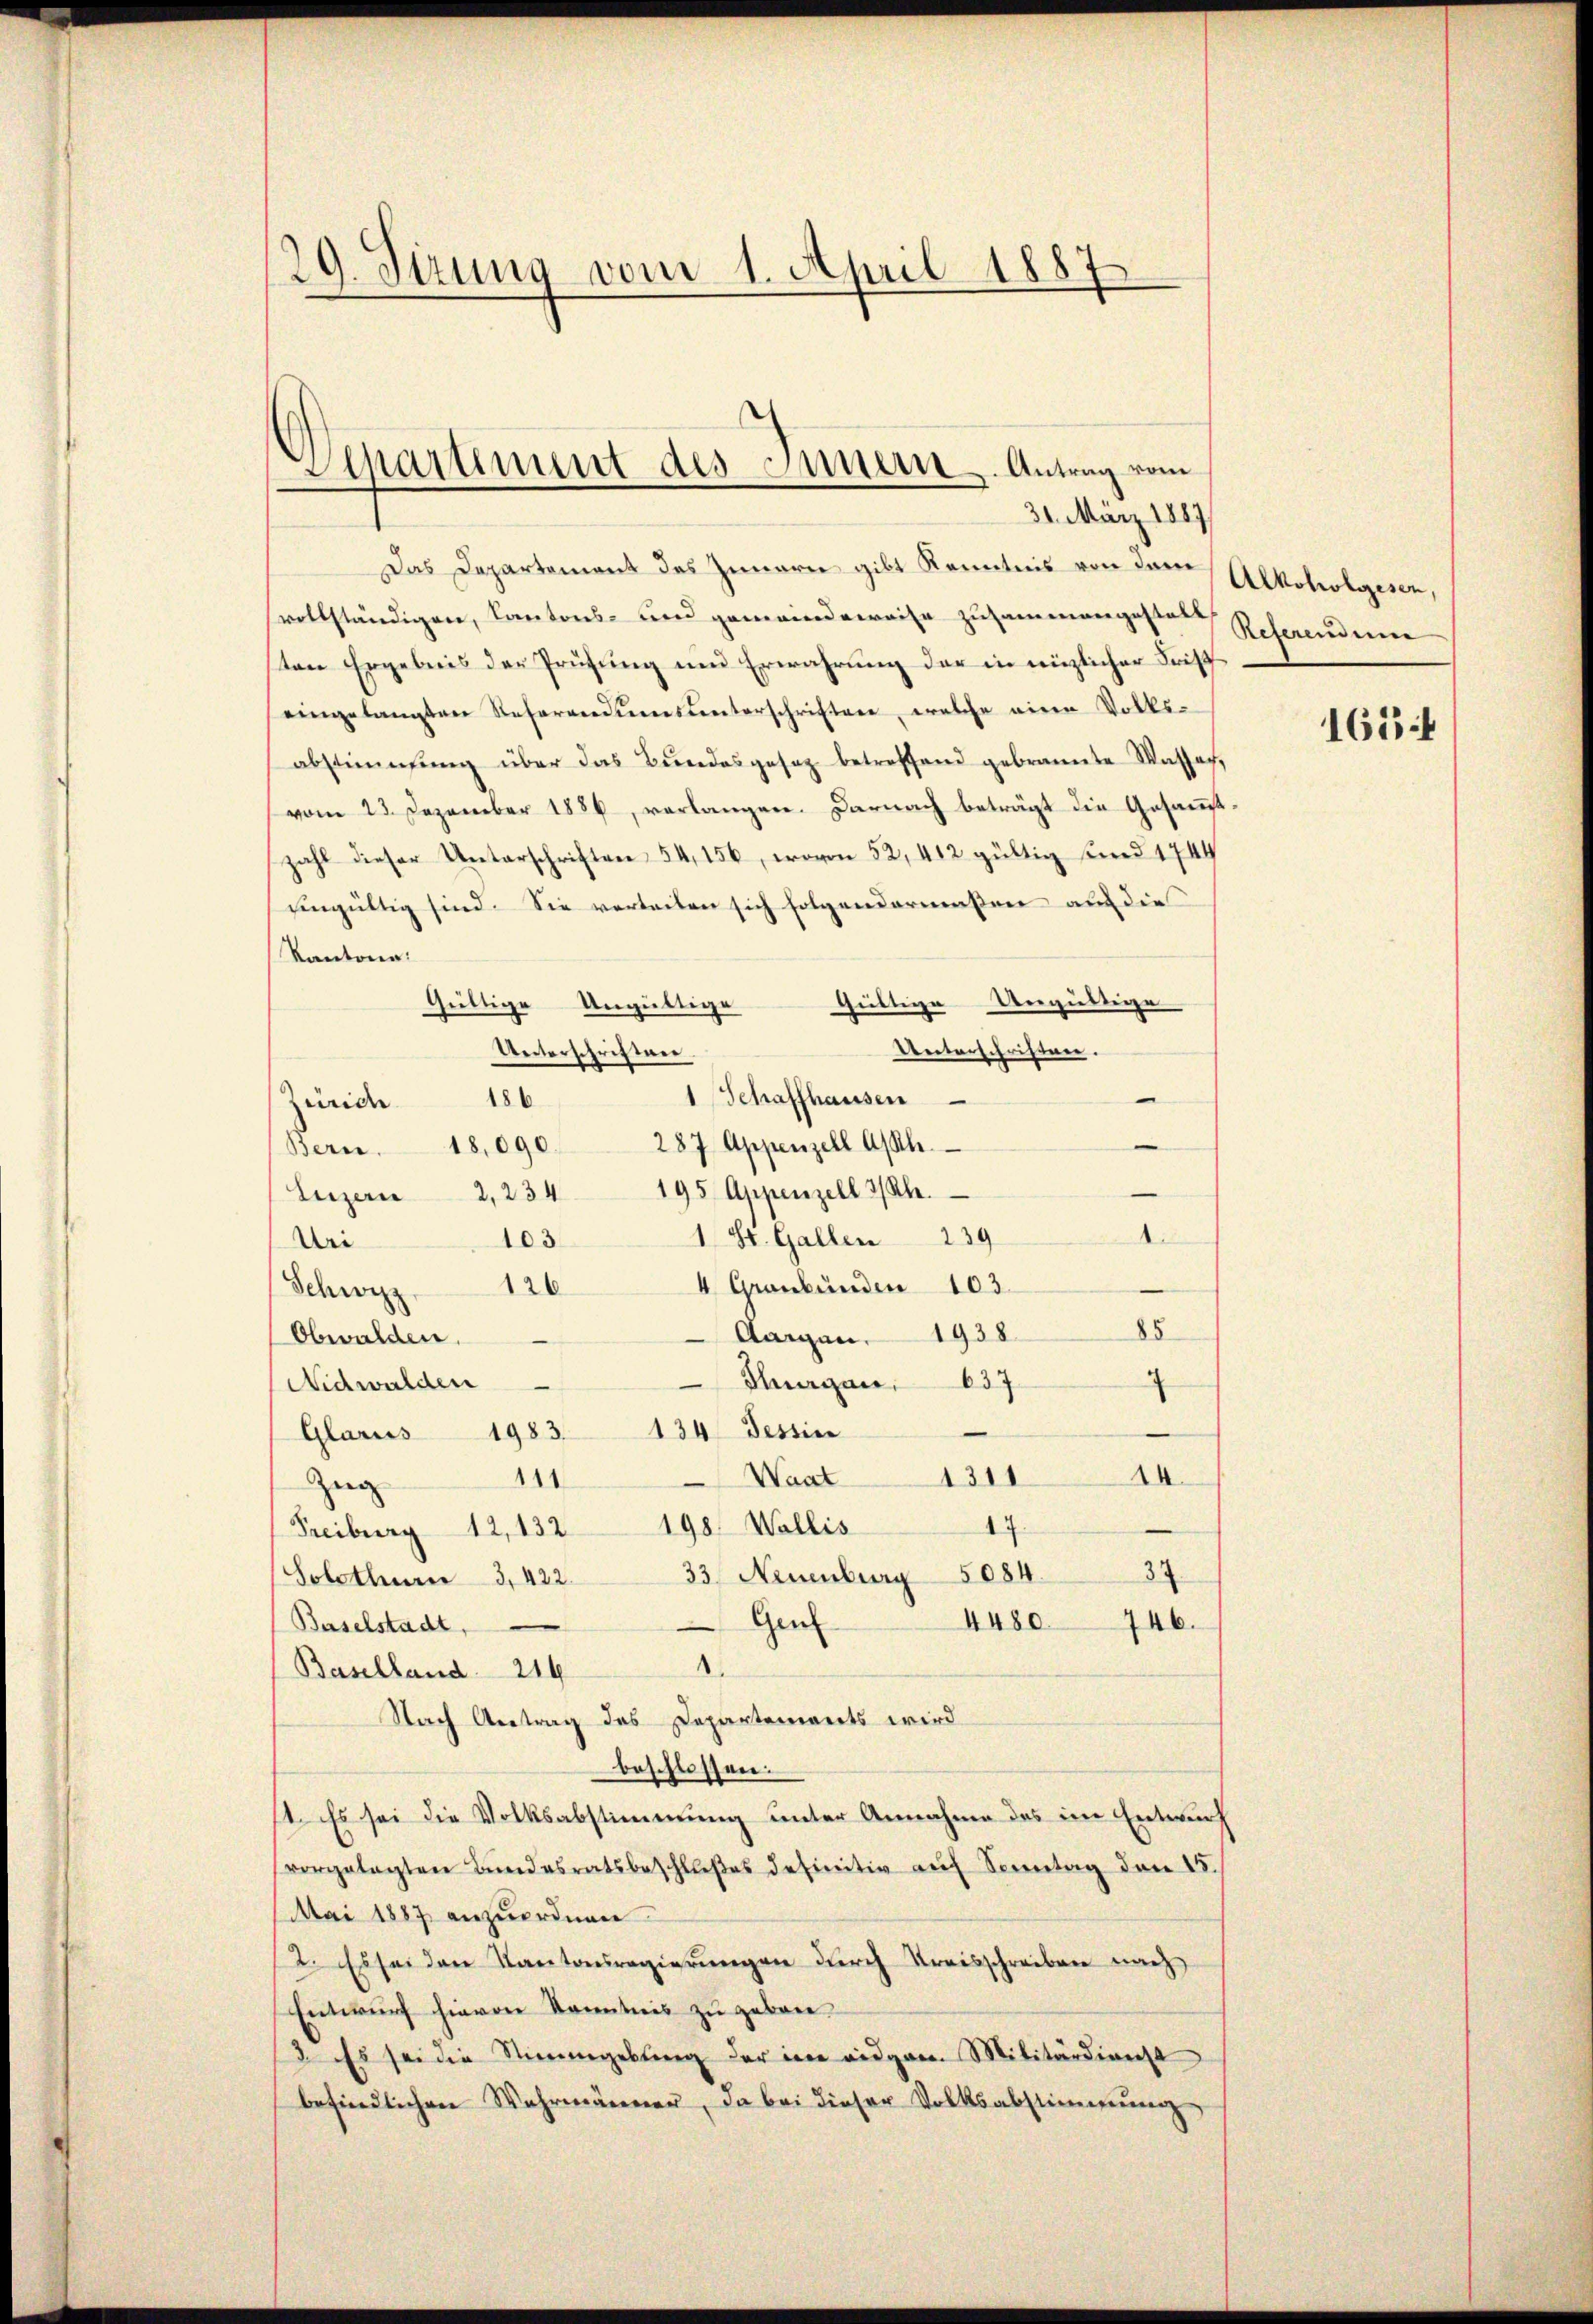
29. Sizung vom 1. April 1887

Separtiment des Innern. Antrag vom
31. März 1887

Das Departement des Innern gibt Kenntnis von dem Alkoholgesen,
vollständigen, Cantons- und gemeindeweise zusammengesten Referendene
ten Ergebnis der Prüfung und Erwahrung der in nüzlicher Frist
eingelangten Referandumsunterschriften, welche einen Volksabstimmung über das Bundesgesez betreffend gebrannte Wasser,
vom 23. Dezember 1886, verlangen. Darnach beträgt die Gesammtzahl dieser Unterschriften 54, 156, wovon 52, 412 gültig und 1744
Eingültig sind. Sie verteilen sich folgendermaßen auf die
Kantone:
Ungültige
Gültige
Gültige Ungültige
Unterschriften.
Unterschriften.
1 Schaffhausen
Zürich 186
Bern. 18,090. 287 Appenzell Ah.
Luzern 2, 234 195 Appenzell 3 Uhr.
.
1 St. Gallen 239
103
Uri
4 Graubünden 103.
Schwyz 126
Aargau, 1938.
Obwalden.
Huargau, 637.
Nidwalden
4
Glarus 1983. 134 Tessin
14
Waat 1311
111
Zeig
47.
Freiburg 12, 132 198. Wallis
33 Neuenburg 5084. 87.
Solothurn 3, 422.
Gen
4480
746.
Baselstadt,
e
Baselland 214
Nach Antrag des Departements wird
beschlossen.
st. Es sei die Volksabstimmung unter Annahme des im Entwurf
vorgelegten Bundesratsbeschlußes definitiv auf Sonntag den 15.
Mai 1887 anzuordnen.
2. Es sei der Kantonsregierŭngen durch Kreisschreiben nach
Entwurf hievon Kenntnis zu geborn.
3. Es sei die Stimmgebung der in eidgen. Militärdienst
befindlichen Wahrmänner, da bei dieser Volksabstimmung

85

165